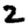
Digit: 2